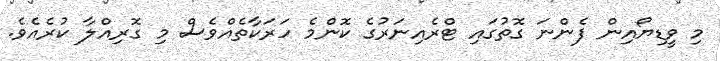
މި ވީޑިޔޯއިން ފެންނަ ގޮތުގައި ޓްރެއިނަރުގެ ކޮންމެ ހަރަކާތެއްވެސް މި ގޮރިއްލާ ކުރެއެވެ.